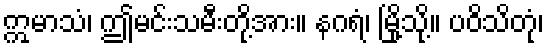
ဣမာသံ၊ ဤမင်းသမီးတို့အား။ နဂရံ၊ မြို့သို့။ ပဝိသိတုံ၊